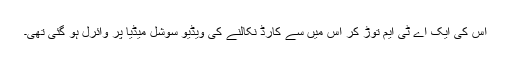
اس کی ایک اے ٹی ایم توڑ کر اس میں سے کارڈ نکالنے کی ویڈیو سوشل میڈیا پر وائرل ہو گئی تھی۔